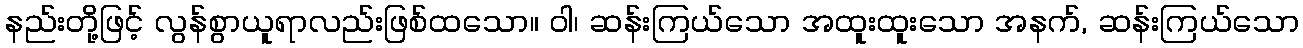
နည်းတို့ဖြင့် လွန်စွာယူရာလည်းဖြစ်ထသော။ ဝါ၊ ဆန်းကြယ်သော အထူးထူးသော အနက်, ဆန်းကြယ်သော